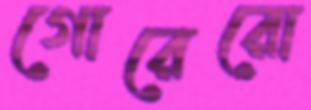
গোরেরো